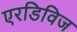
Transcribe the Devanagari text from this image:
एरडिविज